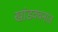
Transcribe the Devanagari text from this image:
खांडववनात